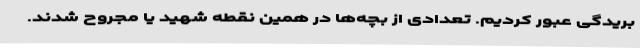
بریدگی عبور کردیم. تعدادی از بچه‌ها در همین نقطه شهید یا مجروح شدند.